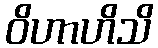
ဝိဟာဟိသိ